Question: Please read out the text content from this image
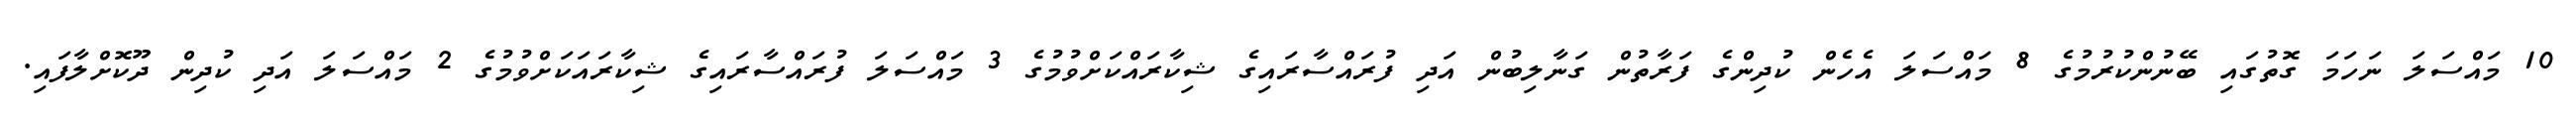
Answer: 10 މައްސަލަ ނަހަމަ ގޮތުގައި ބޭނުންކުރުމުގެ 8 މައްސަލަ އެހެން ކުދިންގެ ފަރާތުން ގަނާލިބުން އަދި ފުރައްސާރައިގެ ޝިކާރައްކަށްވުމުގެ 3 މައްސަލަ ފުރައްސާރައިގެ ޝިކާރައަކަށްވުމުގެ 2 މައްސަލަ އަދި ކުދިން ދޫކޮށްލާފައި.